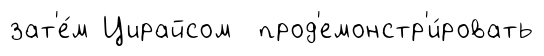
зат'е́м Цирайсом прод'емонстр'и́ровать